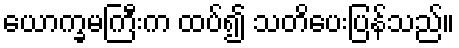
ယောက္ခမကြီးက ထပ်၍ သတိပေးပြန်သည်။